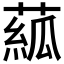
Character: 𦸷